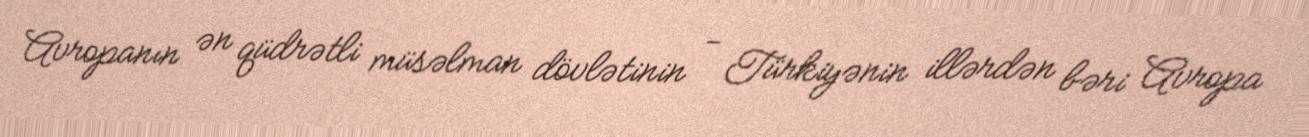
Avropanın ən qüdrətli müsəlman dövlətinin - Türkiyənin illərdən bəri Avropa